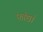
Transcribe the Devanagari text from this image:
फांद्यां